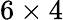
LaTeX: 6\times 4